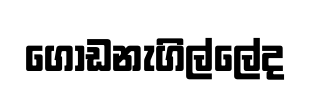
ගොඩනැගිල්ලේද